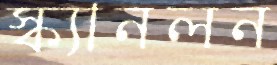
স্ক্যানলন